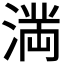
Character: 𭱩